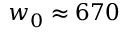
w _ { 0 } \approx 6 7 0